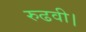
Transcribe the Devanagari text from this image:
रुढवी।